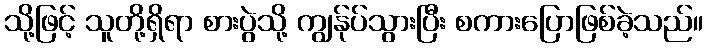
သို့ဖြင့် သူတို့ရှိရာ စားပွဲသို့ ကျွန်ုပ်သွားပြီး စကားပြောဖြစ်ခဲ့သည်။